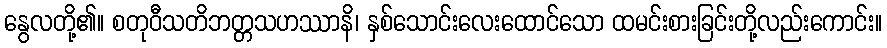
နွေလတို့၏။ စတုဝီသတိဘတ္တသဟဿာနိ၊ နှစ်သောင်းလေးထောင်သော ထမင်းစားခြင်းတို့လည်းကောင်း။